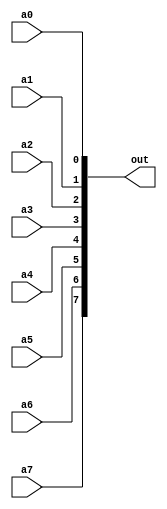
module eightBusOutput(a0, a1, a2, a3, a4, a5, a6, a7, out);
    parameter inputWidth = 1;
    input [inputWidth - 1 : 0] a0, a1, a2, a3, a4, a5, a6, a7;
    output [8 * inputWidth - 1 : 0] out;
    assign out[inputWidth - 1 : 0] = a0;
    assign out[2 * inputWidth - 1 : 1 * inputWidth] = a1;
    assign out[3 * inputWidth - 1 : 2 * inputWidth] = a2;
    assign out[4 * inputWidth - 1 : 3 * inputWidth] = a3;
    assign out[5 * inputWidth - 1 : 4 * inputWidth] = a4;
    assign out[6 * inputWidth - 1 : 5 * inputWidth] = a5;
    assign out[7 * inputWidth - 1 : 6 * inputWidth] = a6;
    assign out[8 * inputWidth - 1 : 7 * inputWidth] = a7;
endmodule

module fourEightBusOutput(a0, a1, a2, a3, out);
    parameter inputWidth = 1;
    input [inputWidth - 1 : 0] a0, a1, a2, a3;
    output [4 * inputWidth - 1 : 0] out;
    assign out[inputWidth - 1 : 0] = a0;
    assign out[2 * inputWidth - 1 : 1 * inputWidth] = a1;
    assign out[3 * inputWidth - 1 : 2 * inputWidth] = a2;
    assign out[4 * inputWidth - 1 : 3 * inputWidth] = a3;
endmodule

module eightBusInput(input [7 : 0]in, output out0, out1, out2, out3, out4, out5, out6, out7);
    assign out0 = in[0];
    assign out1 = in[1];
    assign out2 = in[2];
    assign out3 = in[3];
    assign out4 = in[4];
    assign out5 = in[5];
    assign out6 = in[6];
    assign out7 = in[7];
endmodule

module fourEightBusInput(input [31 : 0] out, output [7 : 0] a0, a1, a2, a3);
    assign a0 = out[7 : 0];
    assign a1 = out[15 : 8];
    assign a2 = out[23 : 16];
    assign a3 = out[31 : 24];
endmodule

module middleSeparator(input [4 : 0] in, output [2 : 0] firstOut, output [1 : 0] secondOut);
    assign firstOut = in[2 : 0];
    assign secondOut = in[4 : 3];
endmodule